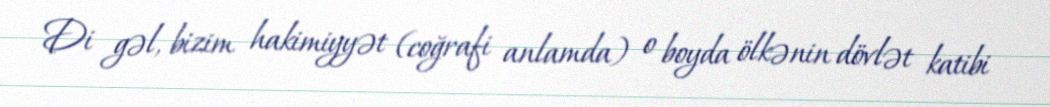
Di gəl, bizim hakimiyyət (coğrafi anlamda) o boyda ölkənin dövlət katibi